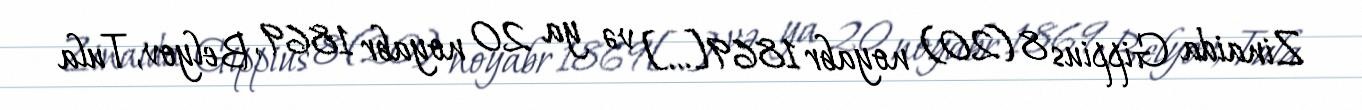
Zinaida Gippius 8 (20) noyabr 1869[…] və ya 20 noyabr 1869, Belyov, Tula